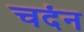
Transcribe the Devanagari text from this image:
चदंन